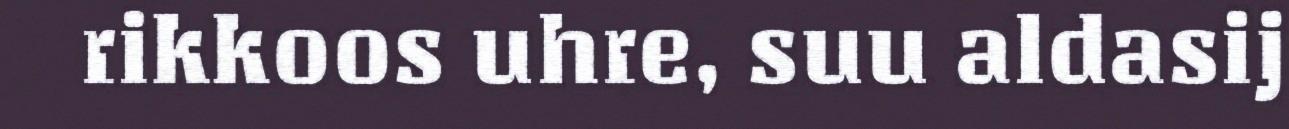
rikkoos uhre, suu aldasij